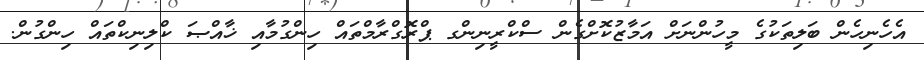
އެހެނިހެން ބަލިތަކުގެ މީހުންނަށް އަމާޒުކޮށްގެން ސްކްރީނިންގ ޕްރޮގްރާމްތައް ހިންގުމާއި ޚާއްޞަ ކްލިނިކްތައް ހިންގުން.